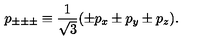
p _ { \pm \pm \pm } \equiv \frac 1 { \sqrt { 3 } } ( \pm p _ { x } \pm p _ { y } \pm p _ { z } ) .